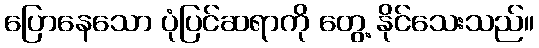
ပြောနေသော ပုံပြင်ဆရာကို တွေ့ နိုင်သေးသည်။